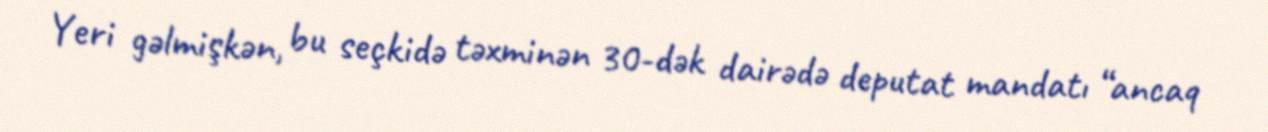
Yeri gəlmişkən, bu seçkidə təxminən 30-dək dairədə deputat mandatı “ancaq